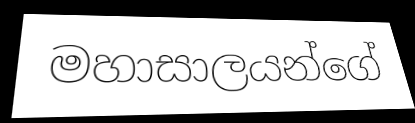
මහාසාලයන්ගේ